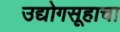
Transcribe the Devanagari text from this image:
उद्योगसूहाचा